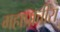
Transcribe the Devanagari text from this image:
महाप्राचीरा